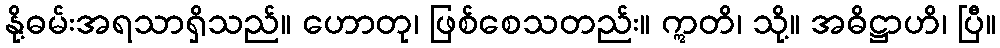
နို့ဓမ်းအရသာရှိသည်။ ဟောတု၊ ဖြစ်စေသတည်း။ ဣတိ၊ သို့။ အဓိဋ္ဌာဟိ၊ ပြီ။